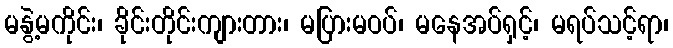
မနွဲ့မကိုင်း၊ ခိုင်းတိုင်းကျားတား၊ မပြားမဝပ်၊ မနေအပ်ရှင့်၊ မရပ်သင့်ရာ၊